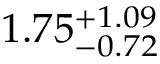
1 . 7 5 _ { - 0 . 7 2 } ^ { + 1 . 0 9 }